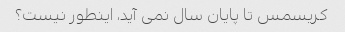
کریسمس تا پایان سال نمی آید، اینطور نیست؟